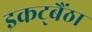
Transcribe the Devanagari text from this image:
इकट्बैंठा